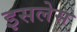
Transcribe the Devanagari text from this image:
इसलेस